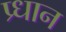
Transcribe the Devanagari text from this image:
प्र्धान